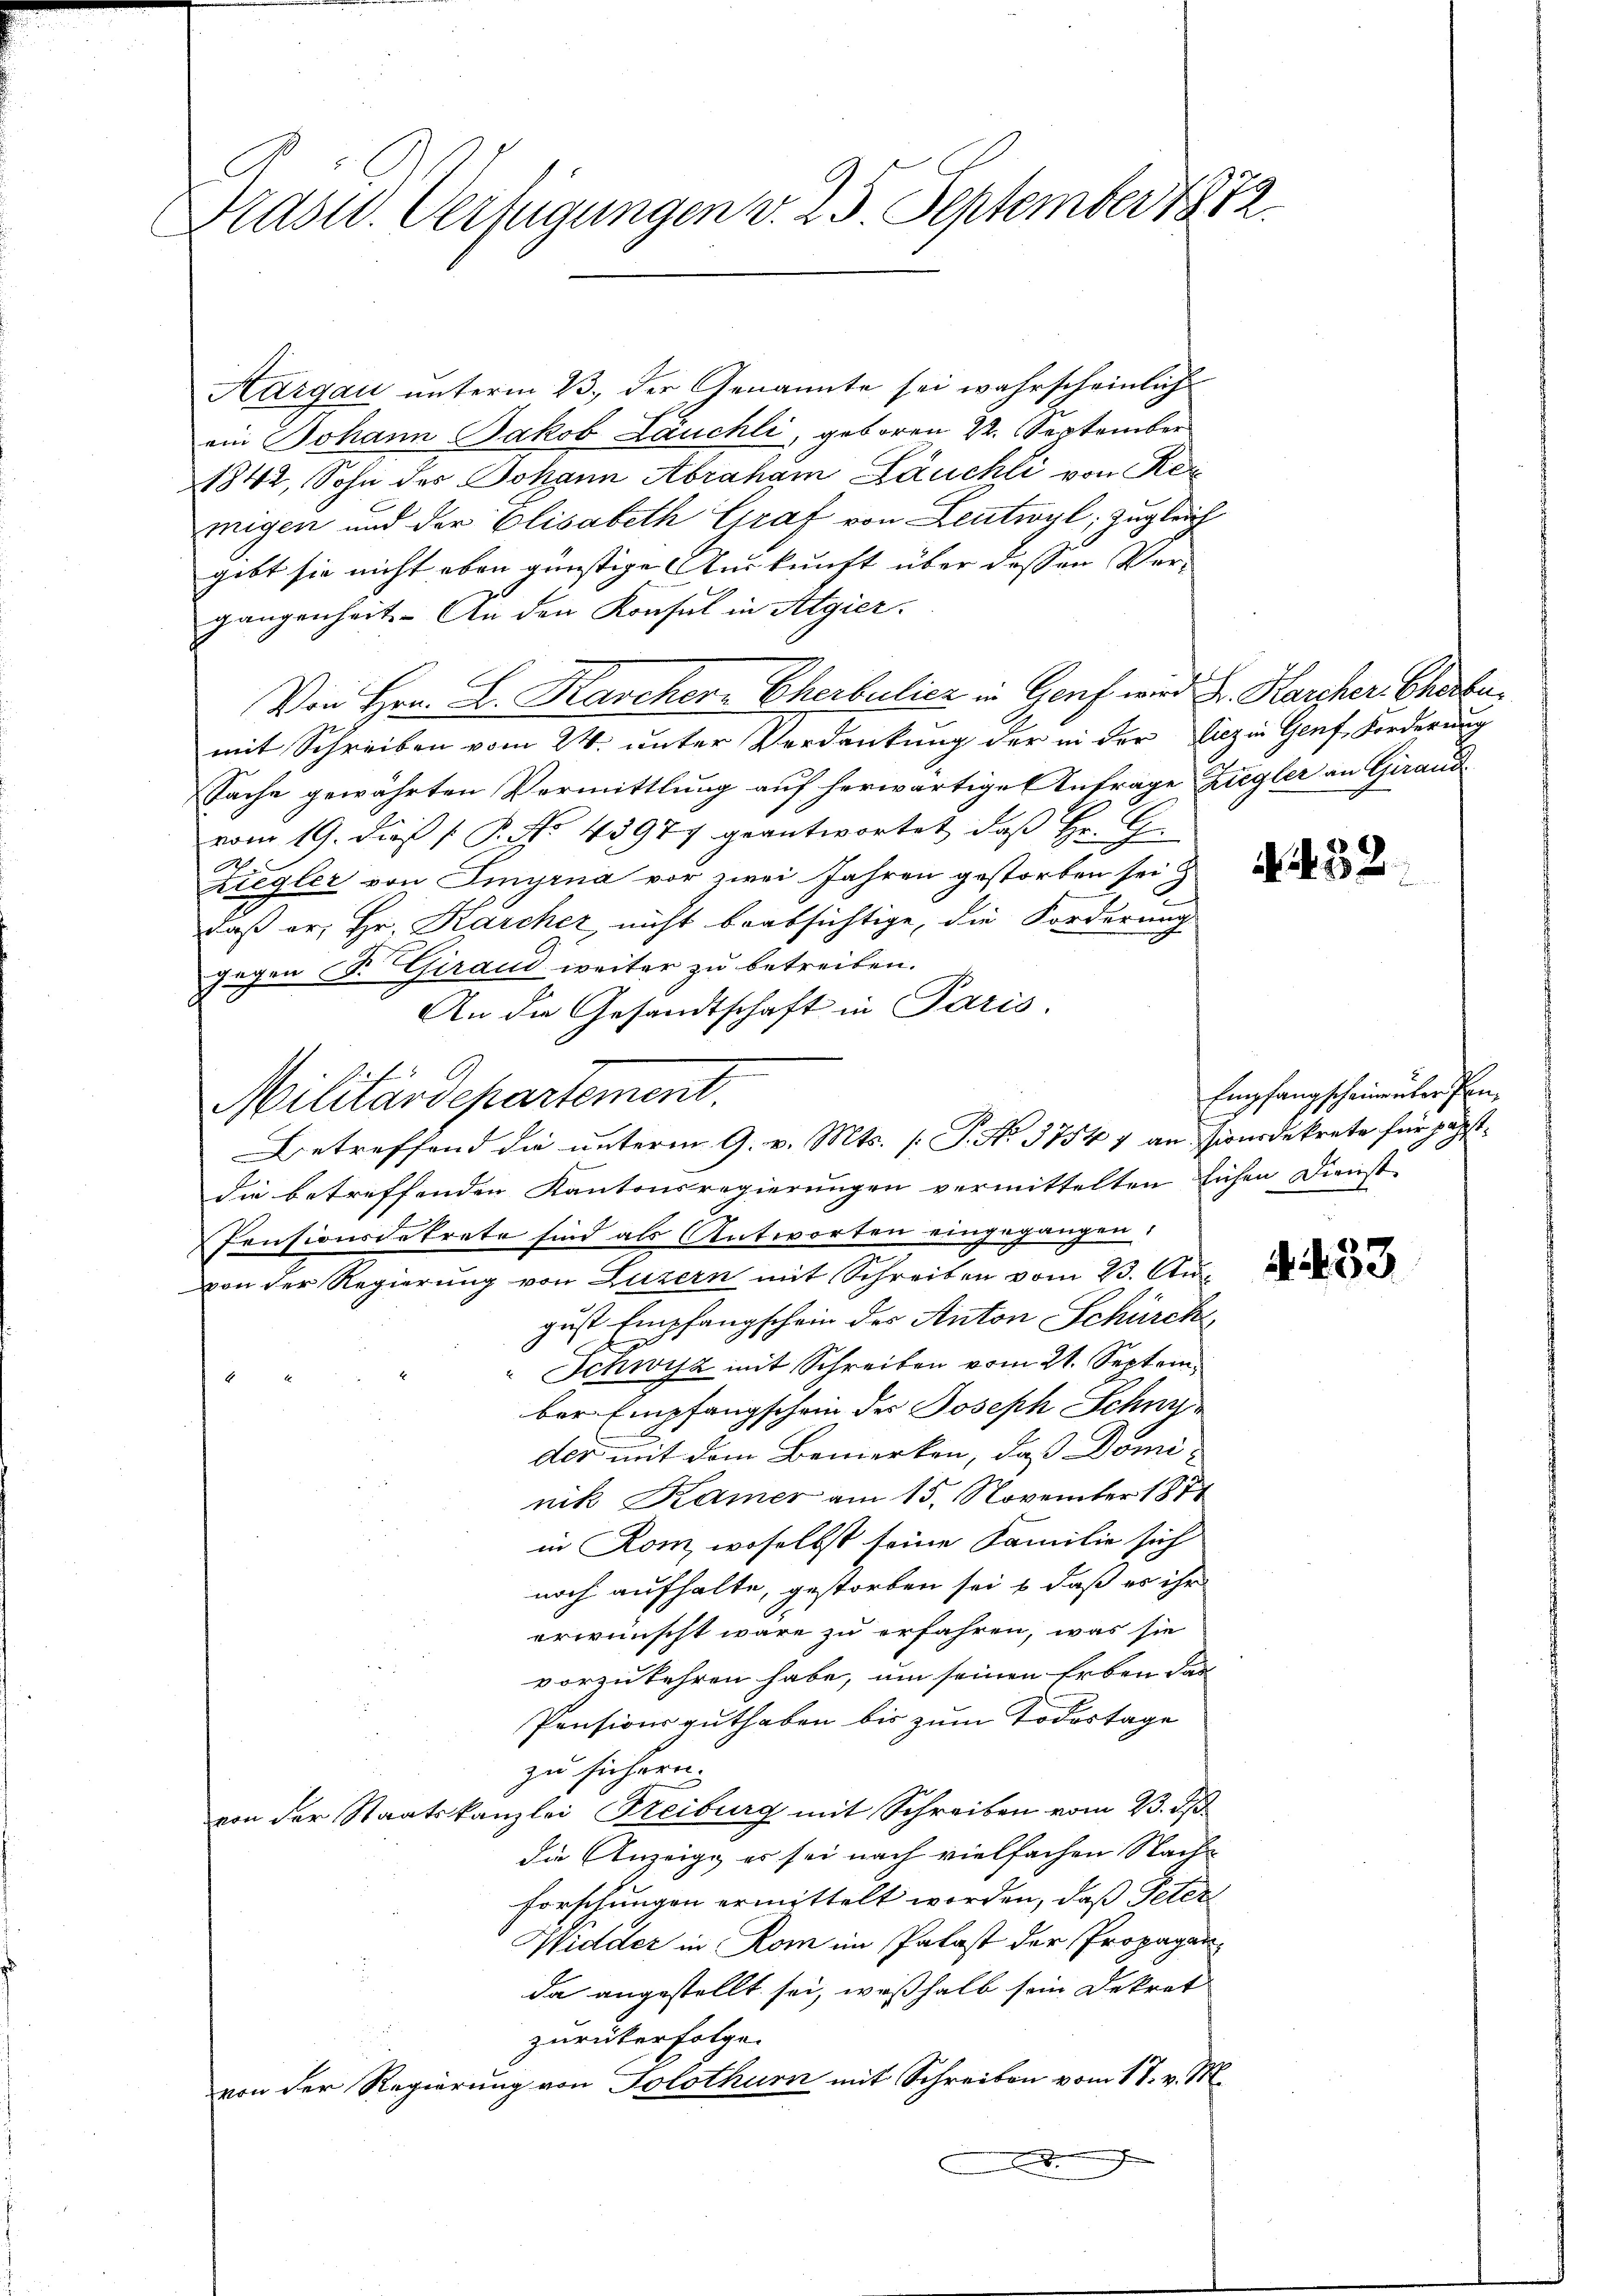
Prast. Verfügungen v. 25. September 1872

Aargau unterm 23. der Genannte sei wahrscheinlich
ein Johann Jakob Läuchli, geboren 22. September
1842, Sohn der Johann Abraham Läuchli von Ker
migen und der Elisabeth Graf von Leutwyl, zugleich
gibt sie nicht eben günstige Auskunft über dessen Ver-
gangenheit. An den Konsul in Algier
Von Hrn. B. Haschern Cherbulicz in Genf wird. Dr. Karcher, Chorbe
mit Schreiben vom 24. unter Verdankung der in der liezin Genf, Forderung
Sache gewährten Vermittlung auf herwärtige Anfrage Ziegler an Girand
vom 19. dieß P. No. 43977 geantwortet, daß Hr. G.
Ziegler von Imyrna vor zwei Jahren gestorben sei
daß er, Hr. Karcher, nicht beabsichtige, die Forderung
e
gegen B. Giraud weiter zu betreiben.
An die Gesandtschaft in Paris.
Militärdepartement.
Betreffend die unterm 9. v. Mts. (T. No. 3754 7 an Pionsdekrete für päpstdie betreffenden Kantonsregierungen vermittelten Eichen Dienst-
Pensionsdekrete sind als Antworten eingegangen:
von der Regierung von Luzern mit Schreiben vom 23. August Empfangschein des Anton Schürck
2
Schwyz mit Schreiben vom 21. Septem
6
ber Empfangschein des Joseph Schnydes mit dem Bemerken, daß Dominik Kamer am 15. November 1871
in Rom, woselbst seine Familie sich
noch aufhalte, gestorben sei, & daß es ihr
erwünscht wäre zu erfahren, was sie
vorzukehren habe, um seinen Erben das
Pensionsguthaben bis zum Todestage
zu sichern.
von der Staatskanzlei Freiburg mit Schreiben vom 23. ds.
die Anzeige es sei nach vielfachen Nachforschungen ermittelt worden, daß Peter
Widder in Rom im Palast der Propaganda angestellt sei, weßhalb sein Dekret
zurükerfolge.
von der Regierung von Solothurn mit Schreiben vom 18. v. M.
n
A

32

Empfangscheinenter Pen

433